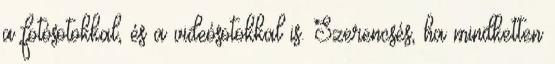
a fotósotokkal, és a videósotokkal is. Szerencsés, ha mindketten